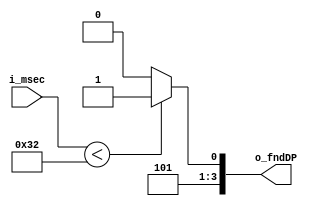
`timescale 1ns / 1ps



module Comparator(
    input [6:0] i_msec,
    output [3:0] o_fndDP
    );

    assign o_fndDP = (i_msec < 50) ? 11 : 10; // 50    
endmodule